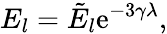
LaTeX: E_{l}=\tilde{E}_{l}\mathrm{e}^{-3\gamma\lambda},